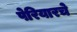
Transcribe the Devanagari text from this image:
पेरियारचे